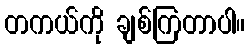
တကယ်ကို ချစ်ကြတာပါ။